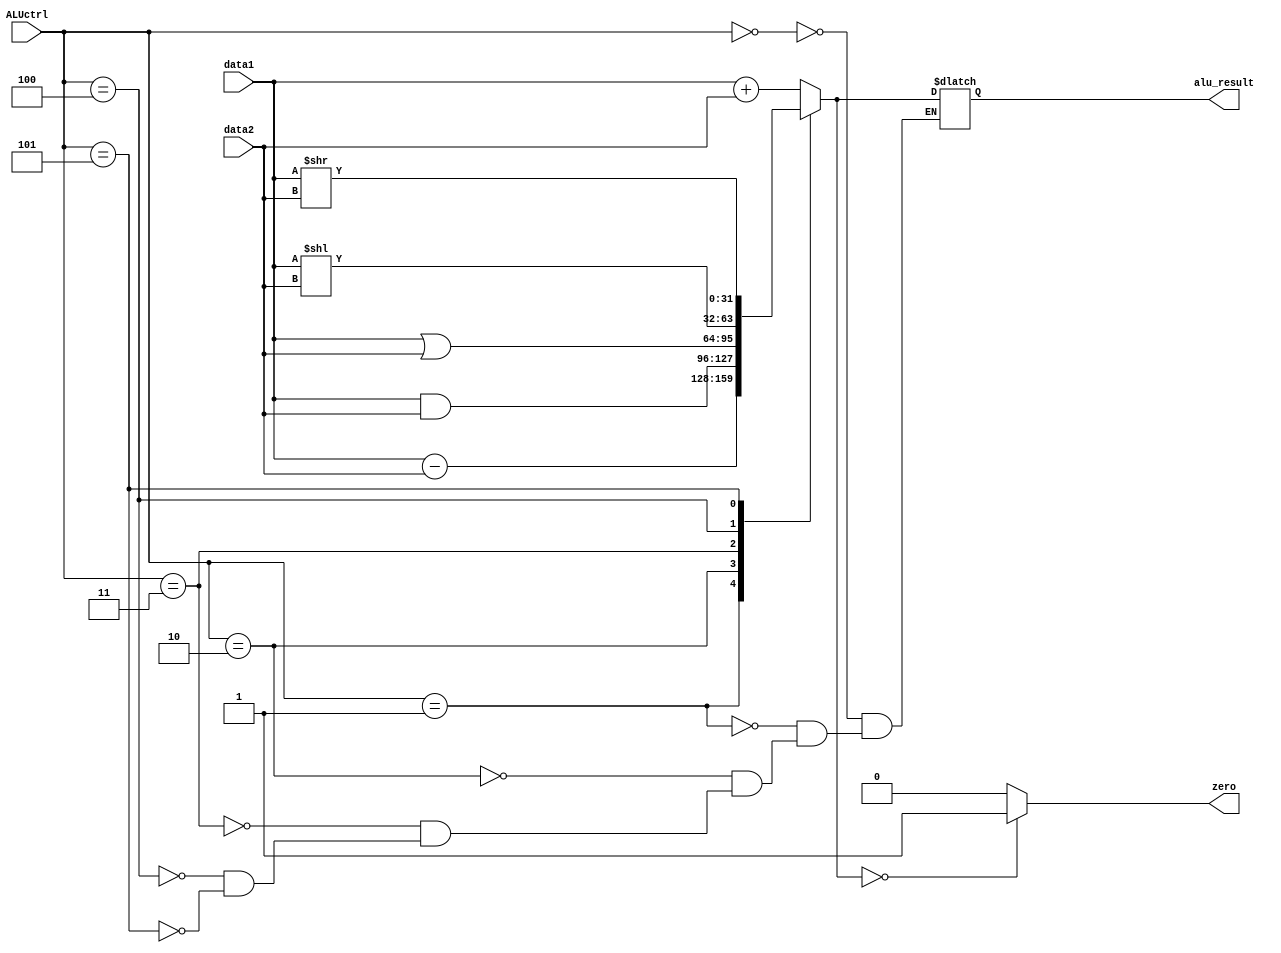
`timescale 1ns / 1ps
//////////////////////////////////////////////////////////////////////////////////
// Company: 
// Engineer: 
// 
// Design Name: 
// Module Name:    ALU_main 
// Project Name: 
// Target Devices: 
// Tool versions: 
// Description: 
//
// Dependencies: 
//
// Revision: 
// Revision 0.01 - File Created
// Additional Comments: 
//
//////////////////////////////////////////////////////////////////////////////////
module ALU_main(
    input [31:0] data1,
    input [31:0] data2,
    input [2:0] ALUctrl,
    output reg [31:0] alu_result,
    output reg zero
    );
	 
	 always@(*)
	 begin
		case(ALUctrl)
			3'b000: alu_result = data1 + data2;
			3'b001: alu_result = data1 - data2;
			3'b010: alu_result = data1 & data2;
			3'b011: alu_result = data1 | data2;
			3'b100: alu_result = data1 << data2;
			3'b101: alu_result = data1 >> data2;
		endcase
		if(alu_result == 0)
			zero = 1'b1;
		else
			zero = 1'b0;
	 end
	 
	 


endmodule